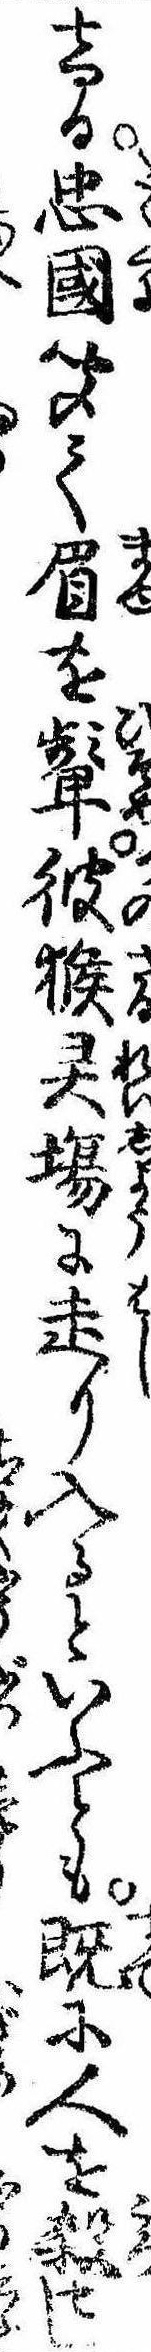
ける忠国聞て眉を顰彼猴場に走り入るといふとも既に人を殺せし